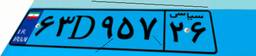
۶۳D۹۵۷۲۶